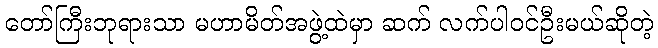
တော်ကြီးဘုရားသာ မဟာမိတ်အဖွဲ့ထဲမှာ ဆက် လက်ပါဝင်ဦးမယ်ဆိုတဲ့